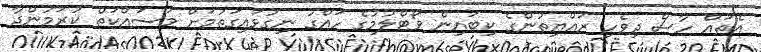
އެތައް ހާސް ދިވެހި ރައްޔިތުންގެ ކިބައިން ވޯޓްލުމުގެ ހައްގު ނިގުޅައިގަތުމަށް މަސައްކަތް ކުރަމުންދާ